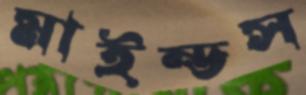
মাইন্ডস